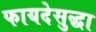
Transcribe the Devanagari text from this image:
फायदेसुद्धा